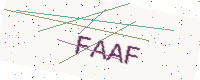
Text: FAAF